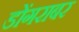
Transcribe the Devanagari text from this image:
डोंगराबर